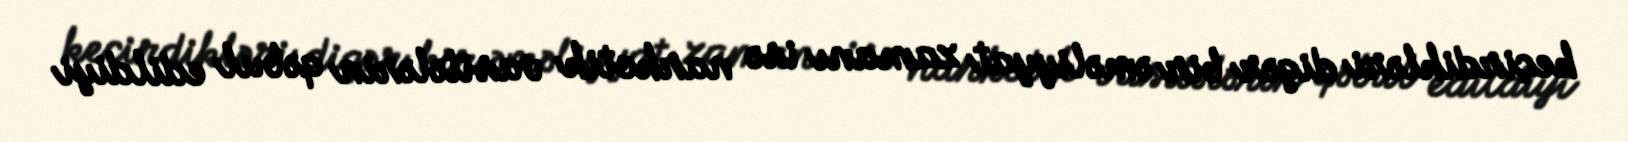
keçirdikləri digər bir əməliyyat zamanı isə narkotik vasitələrin qəbul edildiyi